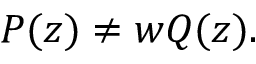
P ( z ) \neq w Q ( z ) .